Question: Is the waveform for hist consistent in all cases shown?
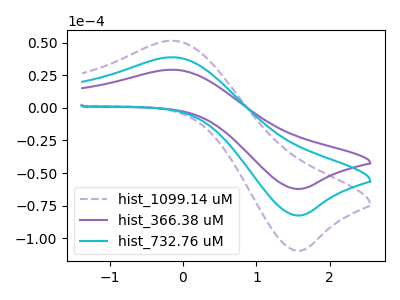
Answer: <think>The purple dashed curve "hist_1099.14 uM" has an anodic peak at (-0.15V, 77.55uA) and a cathodic peak at (1.55V, -165.15uA). The purple curve "hist_366.38 uM" has an anodic peak at (-0.15V, 29.20uA) and a cathodic peak at (1.55V, -62.20uA). The cyan curve "hist_732.76 uM" has an anodic peak at (-0.15V, 38.75uA) and a cathodic peak at (1.55V, -82.55uA).
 All the peaks in "hist_1099.14 uM" have a peak in "hist_366.38 uM" at the same potential. Every peak in "hist_1099.14 uM" is higher than every peak in "hist_366.38 uM". All the peaks in "hist_1099.14 uM" have a peak in "hist_732.76 uM" at the same potential. Every peak in "hist_1099.14 uM" is higher than every peak in "hist_732.76 uM". All the peaks in "hist_366.38 uM" have a peak in "hist_732.76 uM" at the same potential. Every peak in "hist_366.38 uM" is lower than every peak in "hist_732.76 uM".</think>
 <answer>All the CV's of "hist" have similar shape.</answer>
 <eval>follow_rule</eval>